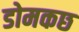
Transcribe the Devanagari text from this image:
डोमकछ